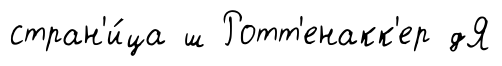
стран'и́ца ш Ротт'енакк'ер дЯ